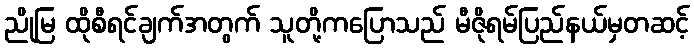
ညိုမြ ထိုစီရင်ချက်အတွက် သူတို့ကပြောသည် မီဇိုရမ်ပြည်နယ်မှတဆင့်